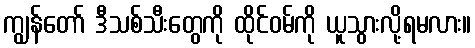
ကျွန်တော် ဒီသစ်သီးတွေကို ထိုင်ဝမ်ကို ယူသွားလို့ရမလား။